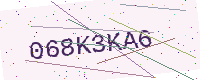
Text: 068K3KA6